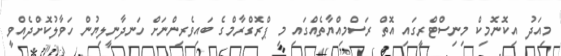
މިއަދު އިކޮނޮމިކް މިނިސްޓްރީގައި އޮތް ރަސްމިއްޔާތެއްގައި މި ޕްރޮގްރާމްގެ ބައިވެރިންނަށް ހަނދާނީލިޔުން ހަވާލުކޮށްދެއްވީ